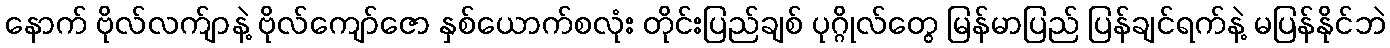
နောက် ဗိုလ်လက်ျာနဲ့ ဗိုလ်ကျော်ဇော နှစ်ယောက်စလုံး တိုင်းပြည်ချစ် ပုဂ္ဂိုလ်တွေ မြန်မာပြည် ပြန်ချင်ရက်နဲ့ မပြန်နိုင်ဘဲ